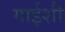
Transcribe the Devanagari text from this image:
गाईशी